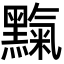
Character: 𪒉